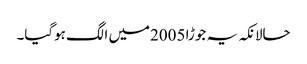
حالانکہ یہ جوڑا 2005میں الگ ہوگیا۔